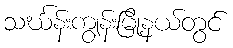
သင်္ဃန်းကျွန်းမြို့နယ်တွင်